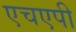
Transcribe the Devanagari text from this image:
एचएपी